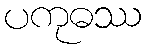
ပကုဓဿ